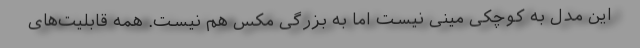
این مدل به کوچکی مینی نیست اما به بزرگی مکس هم نیست. همه قابلیت‌های